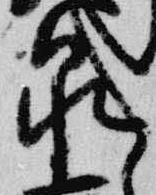
泉